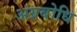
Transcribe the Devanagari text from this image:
अग्रबोधि